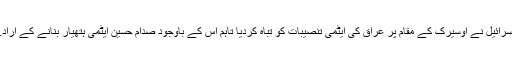
جون ۱۹۸۱ء میں اسرائیل نے اوسیرک کے مقام پر عراق کی ایٹمی تنصیبات کو تباہ کردیا تاہم اس کے باوجود صدام حسین ایٹمی ہتھیار بنانے کے ارادے سے باز نہ آئے۔